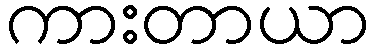
ကားတာယာ